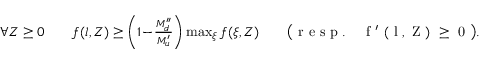
\begin{array} { r } { \forall Z \ge 0 \qquad f ( l , Z ) \ge \left( 1 \! - \! \frac { M _ { d } ^ { \prime \prime } } { M _ { u } ^ { \prime } } \right) \operatorname* { m a x } _ { \xi } { f ( \xi , Z ) } \qquad \big ( \mathrm { ~ r ~ e ~ s ~ p ~ . ~ \: ~ \: ~ f ~ ' ~ ( ~ l ~ , ~ Z ~ ) ~ \ge ~ 0 ~ } \big ) . } \end{array}